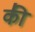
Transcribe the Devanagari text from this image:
की॑